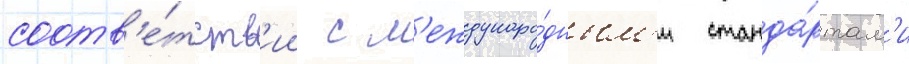
соотв'е́тств'ии с м'еждунаро́дным'и станда́ртам'и